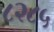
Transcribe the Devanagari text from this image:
८२८५